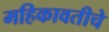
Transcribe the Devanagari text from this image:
महिकावतीचे